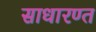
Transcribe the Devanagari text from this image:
साधारण्त